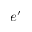
e ^ { \prime }